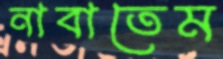
নাবাতেম